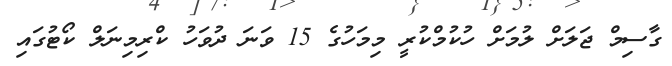
ގާސިމް ޖަލަށް ލުމަށް ހުކުމްކުރީ މިމަހުގެ 15 ވަނަ ދުވަހު ކްރިމިނަލް ކޯޓުގައި